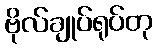
ဗိုလ်ချုပ်ရုပ်တု